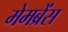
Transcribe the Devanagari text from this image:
मेमब्रेंस